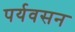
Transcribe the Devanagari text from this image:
पर्यवसन